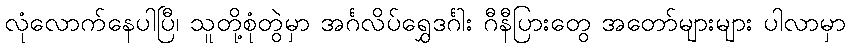
လုံလောက်နေပါပြီ၊ သူတို့စုံတွဲမှာ အင်္ဂလိပ်ရွှေဒင်္ဂါး ဂီနီပြားတွေ အတော်များများ ပါလာမှာ